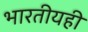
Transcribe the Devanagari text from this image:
भारतीयही